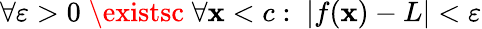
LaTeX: \forall\varepsilon>0\; \existsc\; \forall\mathbf{x}<c:\; |f(\mathbf{x})-L|<\varepsilon